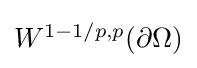
{\textstyle W^{1-1/p,p}(\partial \Omega )}